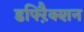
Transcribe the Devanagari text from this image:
डफ्ऱैिक्शन